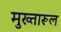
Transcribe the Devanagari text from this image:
मुख्तारूल